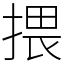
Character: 揋